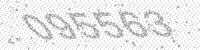
Solution: 095563